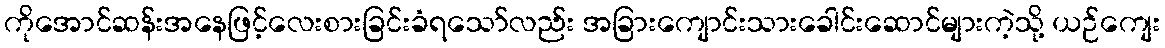
ကိုအောင်ဆန်းအနေဖြင့်လေးစားခြင်းခံရသော်လည်း အခြားကျောင်းသားခေါင်းဆောင်များကဲ့သို့ ယဉ်ကျေး